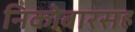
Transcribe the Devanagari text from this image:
निकोबारसह